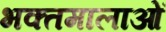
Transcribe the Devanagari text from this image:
भक्तमालाओं